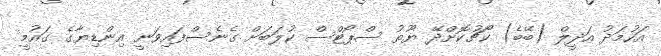
އަހުމަދު އަދީލް (ބޭބެ) ކޯޗުކޮށްދޭ ޔޫތު ސްޕޯޓްސް ކުލަބަށް ގެނެސްފައިވަނީ އިންޑިޔާގެ ގައުމީ